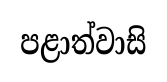
පළාත්වාසි